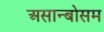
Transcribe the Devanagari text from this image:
असान्बोसम